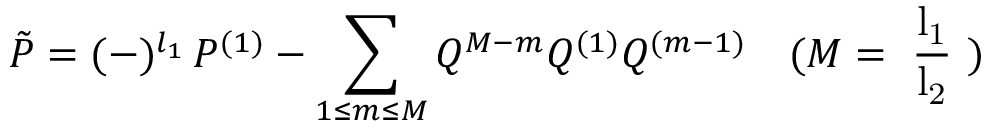
\tilde { P } = ( - ) ^ { l _ { 1 } } \, P ^ { ( 1 ) } - \sum _ { 1 \leq m \leq M } Q ^ { M - m } Q ^ { ( 1 ) } Q ^ { ( m - 1 ) } \quad ( M = \mathrm { ~ \frac { l _ { 1 } } { l _ { 2 } } ~ } )